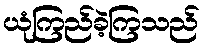
ယုံကြည်ခဲ့ကြသည်